画像に写った文字を読んでください
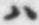
「ハ」と書いてあります